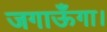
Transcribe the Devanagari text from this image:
जगाऊँगा।